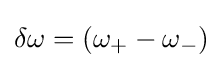
\delta \omega =(\omega _{+}-\omega _{-})